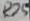
Text: R25